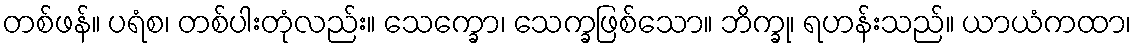
တစ်ဖန်။ ပရံစ၊ တစ်ပါးတုံလည်း။ သေက္ခော၊ သေက္ခဖြစ်သော။ ဘိက္ခု၊ ရဟန်းသည်။ ယာယံကထာ၊